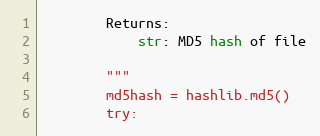
Language: Python
        Returns:
            str: MD5 hash of file

        """
        md5hash = hashlib.md5()
        try: